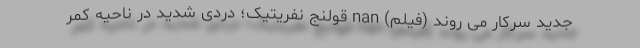
جدید سرکار می روند (فیلم) nan قولنج نفریتیک؛ دردی شدید در ناحیه کمر